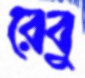
রেবু